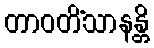
တာဝတိံသာနန္တိ